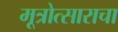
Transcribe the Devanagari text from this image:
मूत्रोत्साराचा